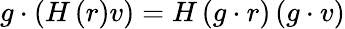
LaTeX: g\cdot\left(H\left(r\right)v\right)=H\left(g\cdot r\right)\left(g\cdot v\right)